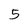
Character: 5